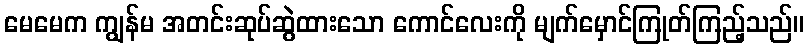
မေမေက ကျွန်မ အတင်းဆုပ်ဆွဲထားသော ကောင်လေးကို မျက်မှောင်ကြုတ်ကြည့်သည်။